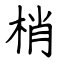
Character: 梢